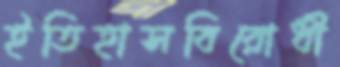
ইতিহাসবিরোধী